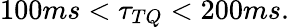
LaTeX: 100ms<\tau_{TQ}<200ms.